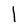
Character: l